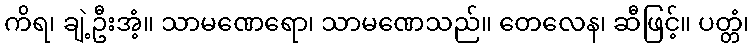
ကိရ၊ ချဲ့ဦးအံ့။ သာမဏေရော၊ သာမဏေသည်။ တေလေန၊ ဆီဖြင့်။ ပတ္တံ၊